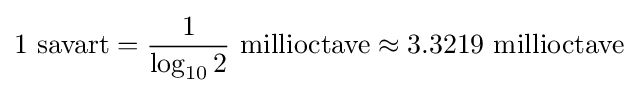
1\ \mathrm {savart} ={\frac {1}{\log _{10}{2}}}\ \mathrm {millioctave} \approx 3.3219\ \mathrm {millioctave}